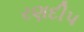
રણદીપ